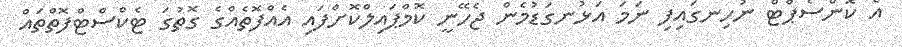
އެ ކޮންސެޕްޓް ނުހިނގައިފި ނަމަ އަޅުނގަޑުމެން ޖެހޭނީ ކޮމްޕައިލްކޮށްފައި އެއްފޮތެއްގެ ގޮތުގަ ޓެކްސްޓްފޮތްތައް